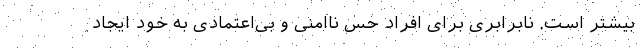
بیشتر است. نابرابری برای افراد حس ناامنی و بی‌اعتمادی به خود ایجاد